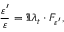
\frac { \varepsilon ^ { \prime } } { \varepsilon } = \Im \lambda _ { t } \cdot F _ { \varepsilon ^ { \prime } } ,